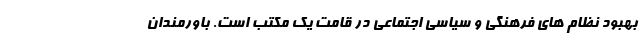
بهبود نظام های فرهنگی و سیاسی اجتماعی در قامت یک مکتب است. باورمندان